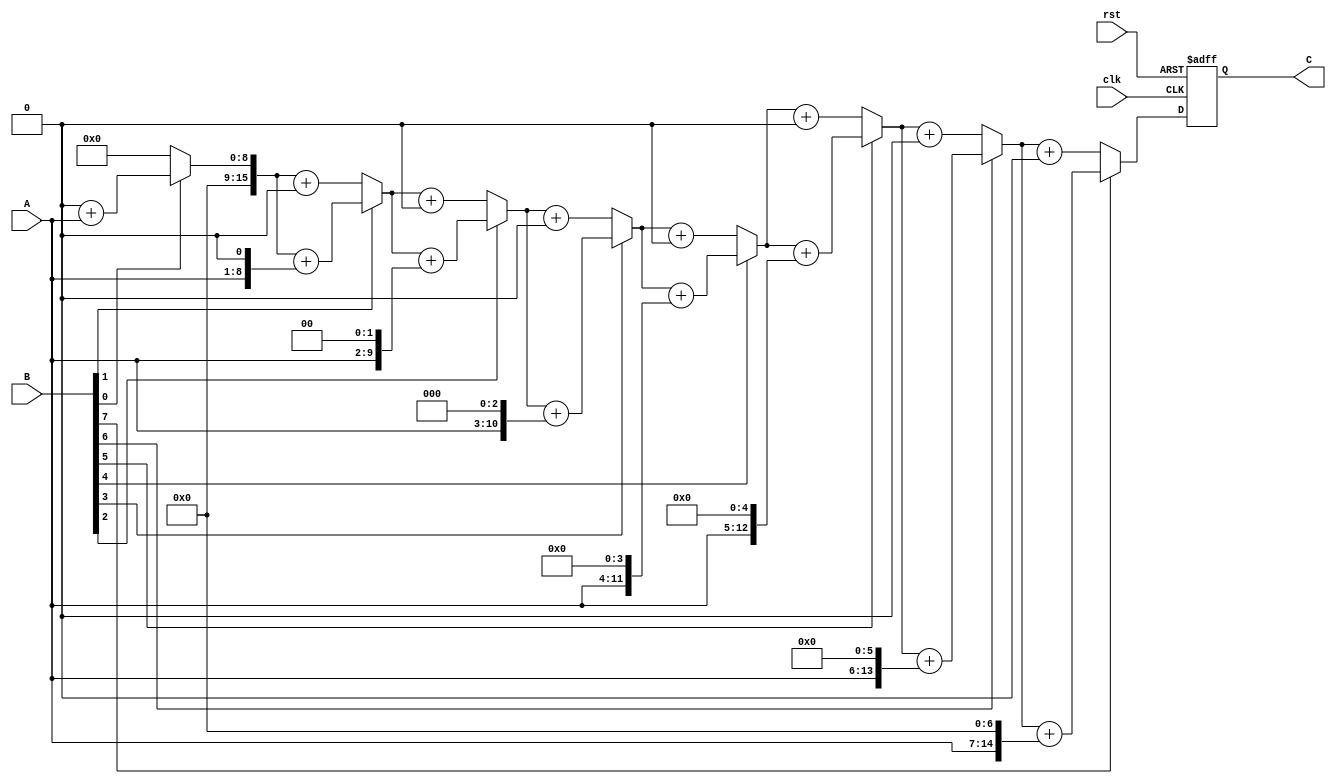
`timescale 1ns / 1ps
//////////////////////////////////////////////////////////////////////////////////
// Company: 
// Engineer: 
// 
// Design Name: 
// Module Name: shift_add_multiplier
// Project Name: 
// Target Devices: 
// Tool Versions: 
// Description: 
// 
// Dependencies: 
// 
// Revision:
// Revision 0.01 - File Created
// Additional Comments:
// 
//////////////////////////////////////////////////////////////////////////////////

module shift_add_multiplier( clk,rst,A, B, C);
parameter m=8, n=8;
integer i;
input clk,rst;
input [m-1:0] A;
input [n-1:0] B;
output reg [m+n-1:0]C;
reg [m+n-1:0]A1;
reg [n-1:0]B1;
always@(posedge clk or posedge rst )
begin
		if (rst)
		begin
		C=0;
		end
		else 
		begin
		C=0;
		A1[m-1:0]=A;
		A1[m+n-1:m]=0;
		B1=B;
        for (i=0;i<n;i=i+1)
        begin
			if(B1[i]==1'b0)
			begin
				C = C + 0;
			end
			else if (B1[i]==1'b1)
			begin
				C=C+(A1<<i);
			end
		end
		end
end
endmodule